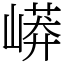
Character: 㟿